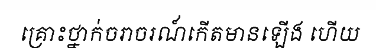
គ្រោះថ្នាក់ចរាចរណ៍កើតមានឡើង ហើយ